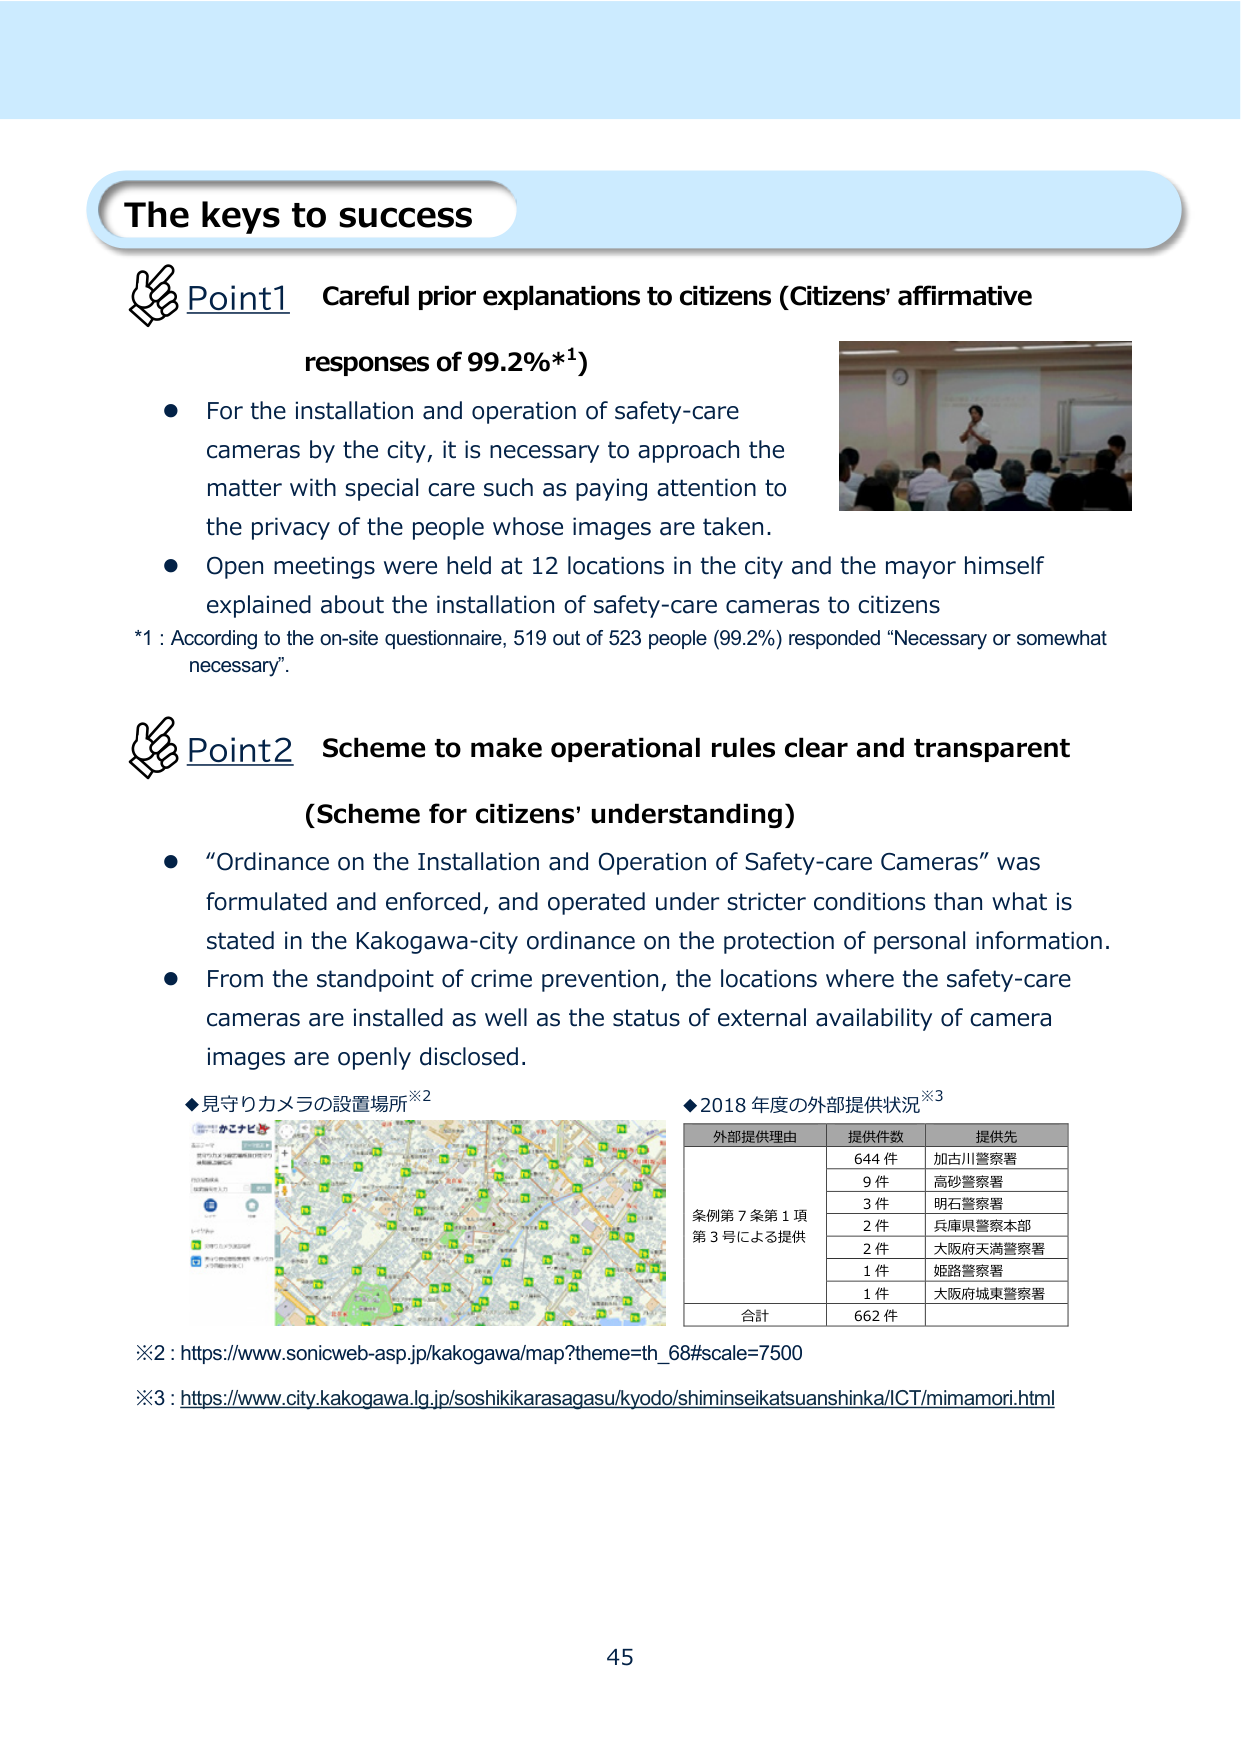
The keys to success

Point1 Careful prior explanations to citizens (Citizens' affirmative responses of 99.2%*1)

● For the installation and operation of safety-care cameras by the city, it is necessary to approach the matter with special care such as paying attention to the privacy of the people whose images are taken.

● Open meetings were held at 12 locations in the city and the mayor himself explained about the installation of safety-care cameras to citizens

*1 : According to the on-site questionnaire, 519 out of 523 people (99.2%) responded “Necessary or somewhat necessary”.

Point2 Scheme to make operational rules clear and transparent (Scheme for citizens’ understanding)

● “Ordinance on the Installation and Operation of Safety-care Cameras” was formulated and enforced, and operated under stricter conditions than what is stated in the Kakogawa-city ordinance on the protection of personal information.

● From the standpoint of crime prevention, the locations where the safety-care cameras are installed as well as the status of external availability of camera images are openly disclosed.

◆見守りカメラの設置場所※2

※2 : https://www.sonicweb-asp.jp/kakogawa/map?theme=th_68#scale=7500

◆2018年度の外部提供状況※3

外部提供理由 提供件数 提供先
条例第7条第1項第3号による提供 644件 加古川警察署
9件 高砂警察署
3件 明石警察署
2件 兵庫県警察本部
2件 大阪府天満警察署
1件 姫路警察署
1件 大阪府城東警察署
合計 662件

※3 : https://www.city.kakogawa.lg.jp/soshikikarasagasu/kyodo/shimineseikatsuanshinka/ICT/mimamori.html

45